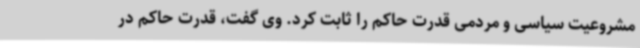
مشروعیت سیاسی و مردمی قدرت حاکم را ثابت کرد. وی گفت، قدرت حاکم در